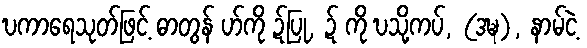
ဎကာရေသုတ်ဖြင့် ဓာတွန် ဟ်ကို ဍ်ပြု, ဍ် ကို ဎသို့ကပ်, (ဒဍ္ဎ), နာမ်ငဲ့